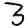
Digit: 3